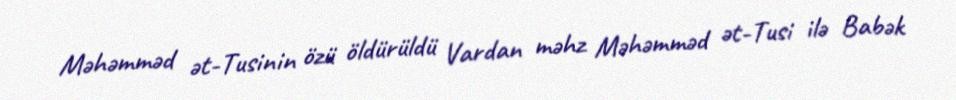
Məhəmməd ət-Tusinin özü öldürüldü Vardan məhz Məhəmməd ət-Tusi ilə Babək